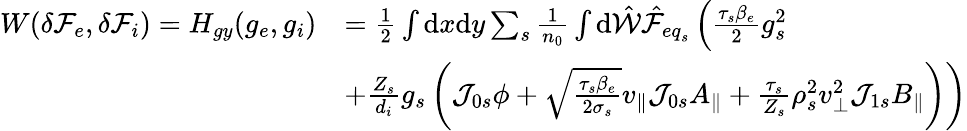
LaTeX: \begin{array}{rl}{W(\delta{\mathcal F}_{e},\delta{\mathcal F}_{i})=H_{gy}(g_{e},g_{i})}&{=\frac{1}{2}\int\mathrm{d}x\mathrm{d}y\sum_{s}\frac{1}{n_{0}}\int\mathrm{d}\hat{\mathcal{W}}\hat{\mathcal{F}}_{{eq}_{s}}\left(\frac{\tau_{s}\beta_{e}}{2}g_{s}^{2}\right.}\\ &{\left.+\frac{Z_{s}}{d_{i}}g_{s}\left(\mathcal{J}_{0s}\phi+\sqrt{\frac{\tau_{s}\beta_{e}}{2\sigma_{s}}}v_{\parallel}\mathcal{J}_{0s}A_{\parallel}+\frac{\tau_{s}}{Z_{s}}\rho_{s}^{2}v_{\perp}^{2}\mathcal{J}_{1s}B_{\parallel}\right)\right)}\end{array}